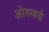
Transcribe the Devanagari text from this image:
ओरुकई